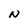
Character: N